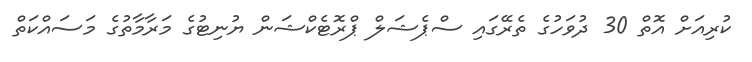
ކުރިއަށް އޮތް 30 ދުވަހުގެ ތެރޭގައި ސްޕެޝަލް ޕްރޮޓެކްޝަން ޔުނިޓުގެ މަރާމާތުގެ މަސައްކަތް